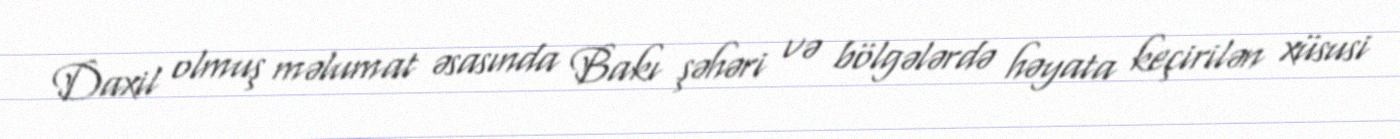
Daxil olmuş məlumat əsasında Bakı şəhəri və bölgələrdə həyata keçirilən xüsusi